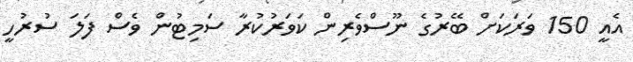
އެއީ 150 ވަރަކަށް ބޭރުގެ ނޫސްވެރިން ކަވަރުކުރާ ސަމިޓުން ވެސް ފަލަ ސުރުހީ